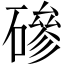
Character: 磣